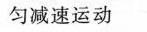
匀减速运动